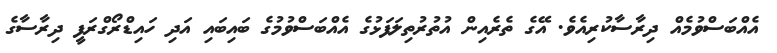
އެއްބަސްވުމެއް ދިރާސާކުރިއެވެ. އޭގެ ތެރެއިން އުތުރުތިލަފަޅުގެ އެއްބަސްވުމުގެ ބައިބައި އަދި ހައިޑްރޯގްރަފީ ދިރާސާގެ